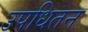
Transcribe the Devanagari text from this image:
उपधितन